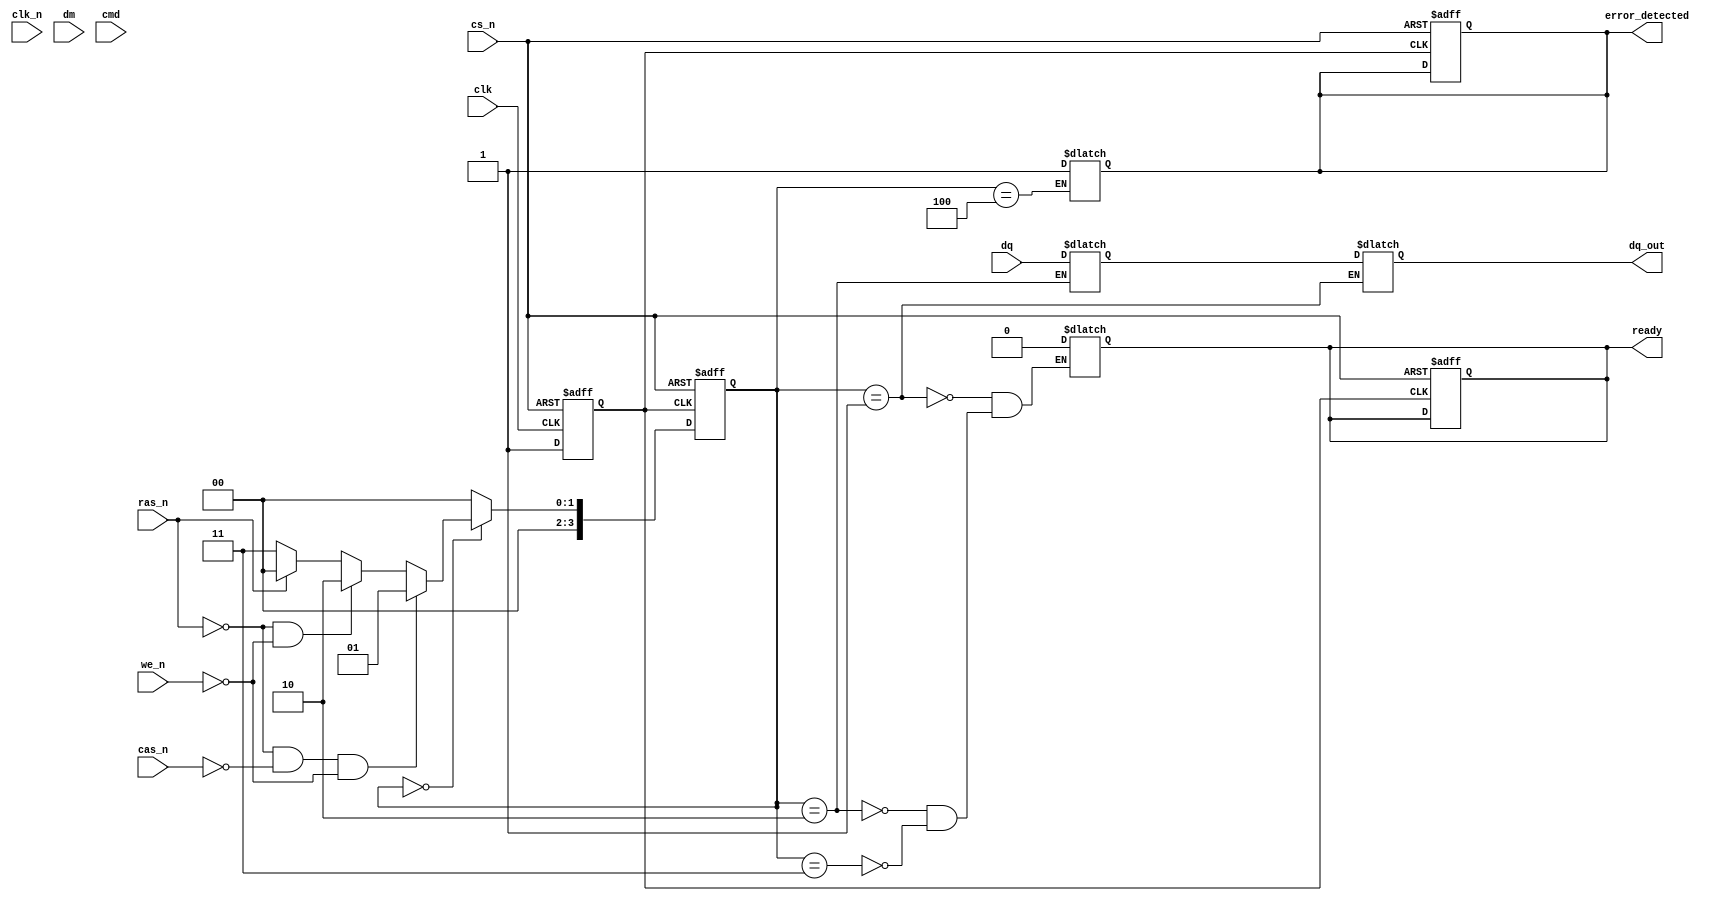
module lpddr_io_block #(
    parameter DATA_WIDTH = 32, // Data bus width (16, 32, or 64 bits)
    parameter CMD_WIDTH = 3     // Command width (e.g., read, write, refresh)
)(
    input wire clk,              // Clock signal
    input wire clk_n,            // Inverted clock signal
    input wire [DATA_WIDTH-1:0] dq, // Data signals
    input wire [DATA_WIDTH/8-1:0] dm, // Data mask signals
    input wire [CMD_WIDTH-1:0] cmd, // Command signals
    input wire cs_n,             // Chip select (active low)
    input wire ras_n,            // Row address strobe (active low)
    input wire cas_n,            // Column address strobe (active low)
    input wire we_n,             // Write enable (active low)
    output reg [DATA_WIDTH-1:0] dq_out, // Output data signals
    output reg ready,            // Ready signal for the controller
    output reg error_detected     // Error detection signal
);

// Internal signals
reg [DATA_WIDTH-1:0] data_buffer; // Buffer for data
reg [CMD_WIDTH-1:0] current_cmd;  // Current command being processed
reg [3:0] state;                   // State machine for operation
reg [3:0] next_state;              // Next state for operation

// State encoding
localparam IDLE = 4'b0000,
           READ = 4'b0001,
           WRITE = 4'b0010,
           REFRESH = 4'b0011,
           ERROR = 4'b0100;

// Clock gating control
reg clk_gated;

// Clock gating logic
always @(posedge clk or negedge cs_n) begin
    if (!cs_n) begin
        clk_gated <= 1'b0; // Disable clock when chip is not selected
    end else begin
        clk_gated <= 1'b1; // Enable clock when chip is selected
    end
end

// State machine for command processing
always @(posedge clk_gated or negedge cs_n) begin
    if (!cs_n) begin
        state <= IDLE;
        ready <= 1'b1;
        error_detected <= 1'b0;
    end else begin
        state <= next_state;
    end
end

// Next state logic
always @(*) begin
    case (state)
        IDLE: begin
            if (!ras_n && !cas_n && !we_n) begin
                next_state = READ; // Read command
            end else if (!ras_n && !we_n) begin
                next_state = WRITE; // Write command
            end else if (!ras_n) begin
                next_state = REFRESH; // Refresh command
            end else begin
                next_state = IDLE; // Stay in idle
            end
        end
        READ: begin
            // Read operation logic
            dq_out = data_buffer; // Output data
            ready = 1'b0; // Not ready until operation completes
            next_state = IDLE; // Go back to idle after read
        end
        WRITE: begin
            // Write operation logic
            data_buffer = dq; // Store incoming data
            ready = 1'b0; // Not ready until operation completes
            next_state = IDLE; // Go back to idle after write
        end
        REFRESH: begin
            // Refresh operation logic
            ready = 1'b0; // Not ready until operation completes
            next_state = IDLE; // Go back to idle after refresh
        end
        ERROR: begin
            // Error handling logic
            error_detected = 1'b1; // Set error detected flag
            next_state = IDLE; // Go back to idle
        end
        default: next_state = IDLE; // Default to idle
    endcase
end

endmodule